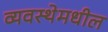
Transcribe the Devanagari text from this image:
व्यवस्थेमधील